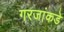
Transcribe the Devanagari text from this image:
गरजांकडे